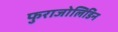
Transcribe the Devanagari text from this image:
फुराजोलिडिन